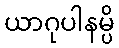
ယာဂုပါနမ္ပိ